Problem: 3 × 2 = ?
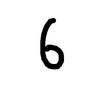
Handwritten answer: 6